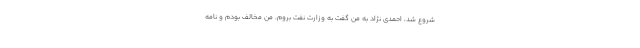
شروع شد، احمدی نژاد به من گفت به وزارت نفت بروم. من مخالف بودم و نامه